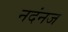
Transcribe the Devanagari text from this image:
नदंनज